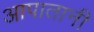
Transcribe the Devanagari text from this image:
आपातानी